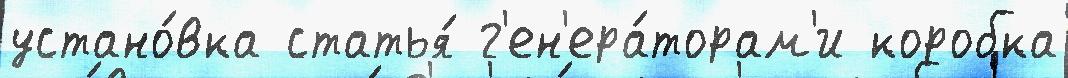
устано́вка статья́ г'ен'ера́торам'и коробка